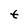
Character: t